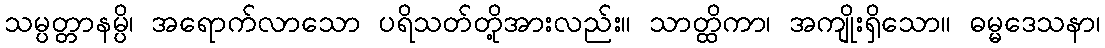
သမ္ပတ္တာနမ္ပိ၊ အရောက်လာသော ပရိသတ်တို့အားလည်း။ သာတ္ထိကာ၊ အကျိုးရှိသော။ ဓမ္မဒေသနာ၊